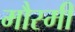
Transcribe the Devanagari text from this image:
मौस्मी